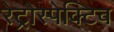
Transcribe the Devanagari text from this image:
रेट्रोस्‍पेक्टिव